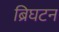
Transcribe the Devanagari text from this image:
ब्रिघटन